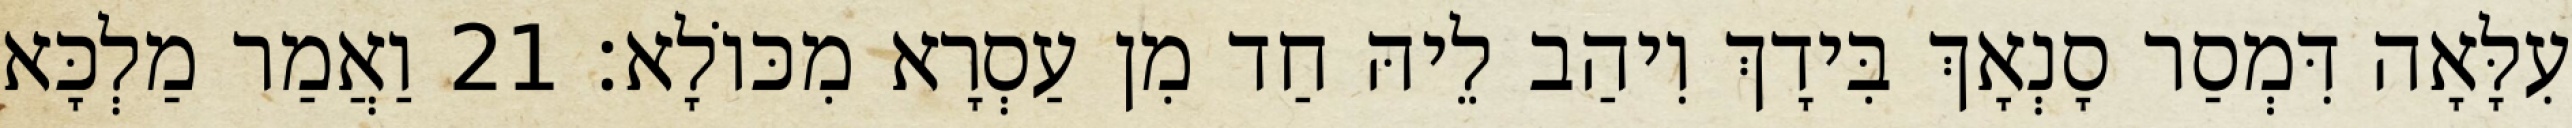
עִלָּאָה דִּמְסַר סָנְאָךְ בִּידָךְ וִיהַב לֵיהּ חַד מִן עַסְרָא מִכּוֹלָא׃ 21 וַאֲמַר מַלְכָּא